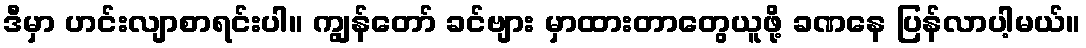
ဒီမှာ ဟင်းလျာစာရင်းပါ။ ကျွန်တော် ခင်ဗျား မှာထားတာတွေယူဖို့ ခဏနေ ပြန်လာပါ့မယ်။